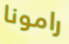
رامونا